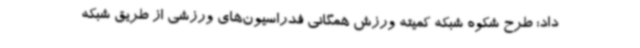
داد: طرح شکوه شبکه کمیته ورزش همگانی فدراسیون‌های ورزشی از طریق شبکه